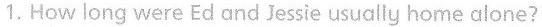
1.How long were Ed and Jessie usually home alone?